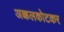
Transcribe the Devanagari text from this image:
अक्कलकोटकर